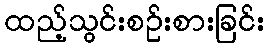
ထည့်သွင်းစဉ်းစားခြင်း